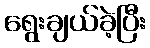
ရွေးချယ်ခဲ့ပြီး